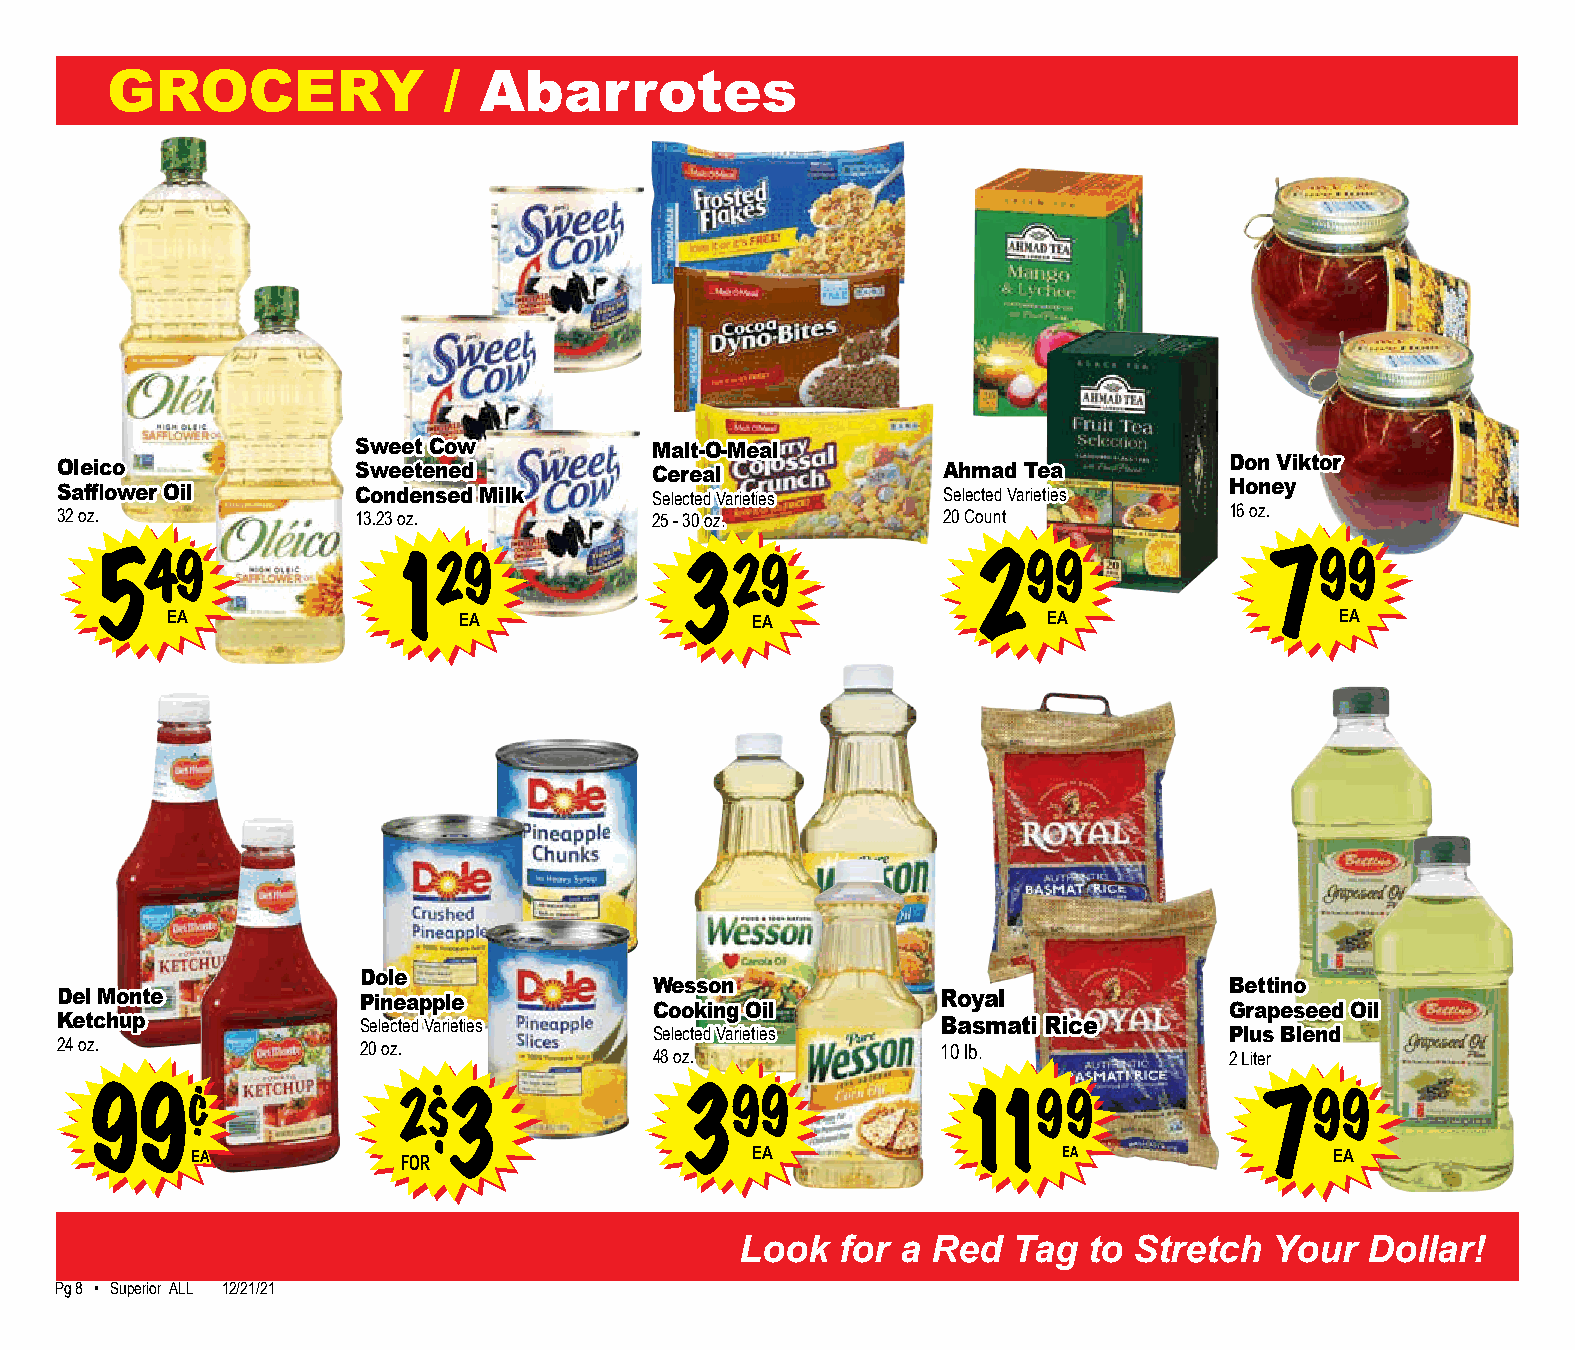
GROCERY               /  Abarrotes
 Sweet Cow          Malt-O-Meal
 Oleico              Sweetened          Cereal             Ahmad Tea          Don Viktor
 Safflower Oil       Condensed Milk     Selected Varieties Selected Varieties Honey
 32 oz.              13.23 oz.          25 - 30 oz.        20 Count           16 oz.
 549                 129                329                299                 799
 EA                 EA                  EA                 EA                  EA
 Dole
 Wesson                                Bettino
 Del Monte           Pineapple                             Royal
 Cooking Oil                           Grapeseed Oil
 Ketchup             Selected Varieties                    Basmati Rice
 Selected Varieties                    Plus Blend
 24 oz.              20 oz.             48 oz.             10 lb.             2 Liter
 99¢                 2$
 3
 399                1199               799
 EA            FOR                    EA                  EA                EA
 Look   for a Red  Tag  to Stretch  Your   Dollar!
 Pg 82 • Superior ALL 12/21/21